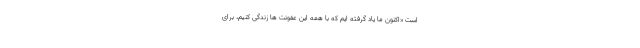
است «اکنون ما یاد گرفته ایم که با همه این عفونت ها زندگی کنیم، برای